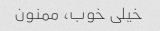
خیلی خوب، ممنون